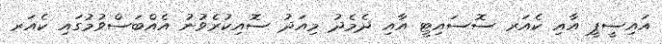
އައިސީޕީ އާއި ކެއަރ ސޮސައިޓީ އާއި ދެމެދު މިއަދު ސޮއިކުރެވުނު އެއްބަސްވުމުގައި ކެއަރ